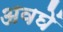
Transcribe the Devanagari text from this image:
अवघें